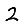
Digit: 2